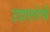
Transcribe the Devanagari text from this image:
उदात्ततेची